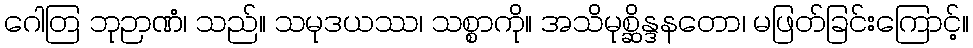
ဂေါတြ ဘုဉာဏံ၊ သည်။ သမုဒယဿ၊ သစ္စာကို။ အသိမုစ္ဆိန္ဒနတော၊ မဖြတ်ခြင်းကြောင့်။